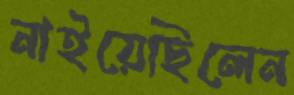
নাইয়েছিলেন